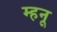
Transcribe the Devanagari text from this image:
म्हनू